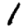
Digit: 1